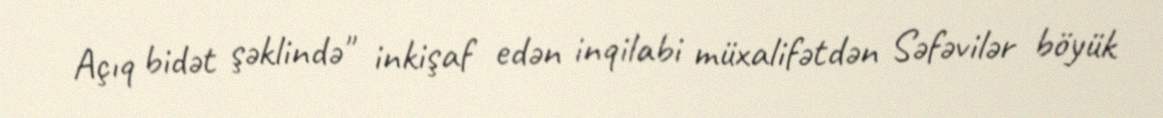
Açıq bidət şəklində" inkişaf edən inqilabi müxalifətdən Səfəvilər böyük